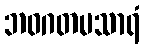
ဘဝဂတမသာရံ